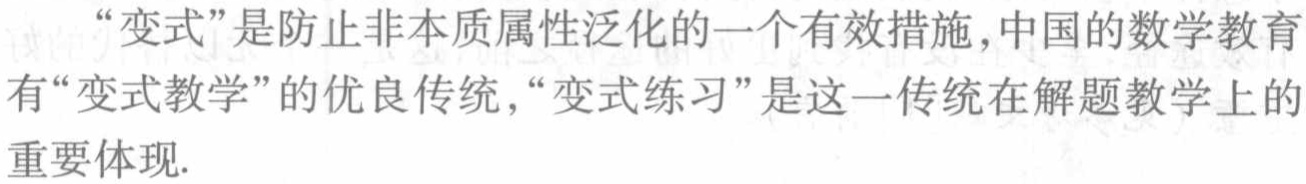
“变式”是防止非本质属性泛化的一个有效措施，中国的数学教育有“变式教学”的优良传统，“变式练习”是这一传统在解题教学上的重要体现.